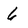
Character: 6